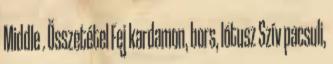
Middle . Összetétel Fej kardamon, bors, lótusz Szív pacsuli,